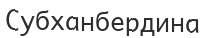
Субханбердина